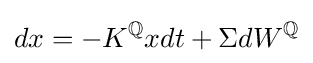
dx=-K^{\mathbb {Q} }xdt+\Sigma dW^{\mathbb {Q} }